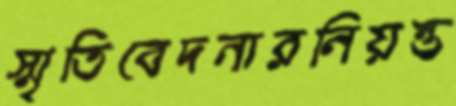
স্মৃতিবেদনারনিয়ন্ত